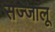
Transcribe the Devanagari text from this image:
सज्जालू